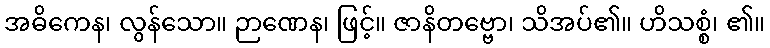
အဓိကေန၊ လွန်သော။ ဉာဏေန၊ ဖြင့်။ ဇာနိတဗ္ဗော၊ သိအပ်၏။ ဟိသစ္စံ၊ ၏။